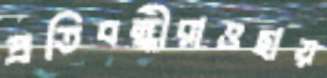
প্রতিবন্ধীরাওছায়